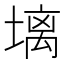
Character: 𪤋